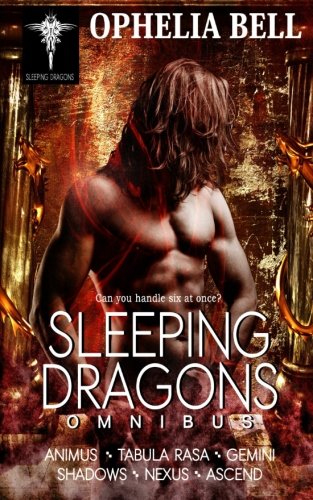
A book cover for Sleeping Dragons Omnibus; Ophelia Bell; Romance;